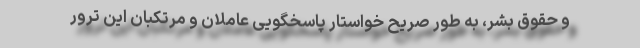
و حقوق بشر، به طور صریح خواستار پاسخگویی عاملان و مرتکبان این ترور